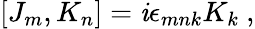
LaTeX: [J_{m},K_{n}]=\mathit{i}\epsilon_{mnk}K_{k}~,